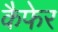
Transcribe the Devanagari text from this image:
कैफेर